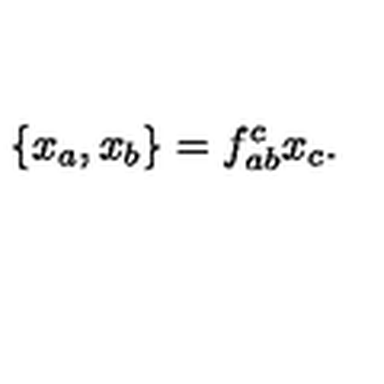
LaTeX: \{ x _ { a } , x _ { b } \} = f _ { a b } ^ { c } x _ { c } .